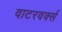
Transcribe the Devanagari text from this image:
वाटरवर्क्स